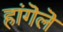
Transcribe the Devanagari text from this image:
हांगॆलॆ